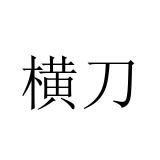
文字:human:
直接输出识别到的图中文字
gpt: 横刀